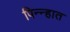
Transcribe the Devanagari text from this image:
पिन्न्हात